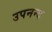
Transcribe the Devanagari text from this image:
उपनन्द